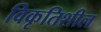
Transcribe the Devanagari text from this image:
विकृतिशील